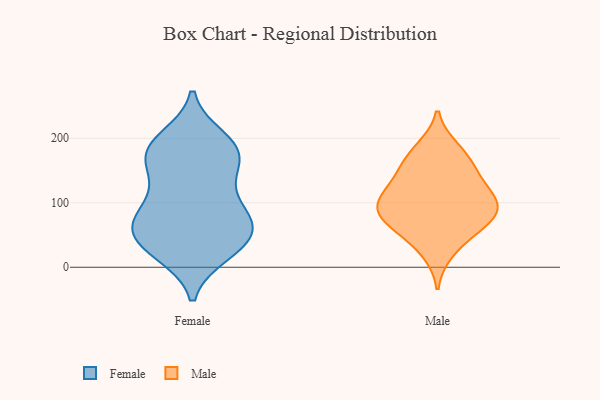
{"axis": {"x": "Backlog", "y": "Value"}, "legend": ["Female", "Male"], "data": [{"x": "", "y": 177, "type": "Female"}, {"x": "", "y": 22, "type": "Female"}, {"x": "", "y": 129, "type": "Female"}, {"x": "", "y": 199, "type": "Female"}, {"x": "", "y": 79, "type": "Female"}, {"x": "", "y": 32, "type": "Female"}, {"x": "", "y": 181, "type": "Female"}, {"x": "", "y": 64, "type": "Female"}, {"x": "", "y": 53, "type": "Female"}, {"x": "", "y": 67, "type": "Female"}, {"x": "", "y": 34, "type": "Female"}, {"x": "", "y": 182, "type": "Female"}, {"x": "", "y": 74, "type": "Female"}, {"x": "", "y": 144, "type": "Female"}, {"x": "", "y": 28, "type": "Female"}, {"x": "", "y": 75, "type": "Female"}, {"x": "", "y": 106, "type": "Female"}, {"x": "", "y": 168, "type": "Female"}, {"x": "", "y": 188, "type": "Female"}, {"x": "", "y": 143, "type": "Male"}, {"x": "", "y": 102, "type": "Male"}, {"x": "", "y": 106, "type": "Male"}, {"x": "", "y": 174, "type": "Male"}, {"x": "", "y": 153, "type": "Male"}, {"x": "", "y": 184, "type": "Male"}, {"x": "", "y": 62, "type": "Male"}, {"x": "", "y": 57, "type": "Male"}, {"x": "", "y": 128, "type": "Male"}, {"x": "", "y": 95, "type": "Male"}, {"x": "", "y": 72, "type": "Male"}, {"x": "", "y": 97, "type": "Male"}, {"x": "", "y": 24, "type": "Male"}, {"x": "", "y": 85, "type": "Male"}]}